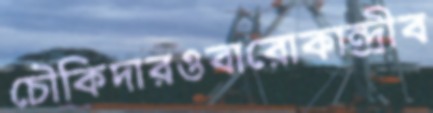
চৌকিদারওবারোকান্দ্রীব